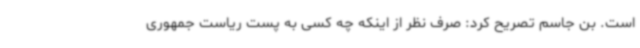
است. بن جاسم تصریح کرد: صرف نظر از اینکه چه کسی به پست ریاست جمهوری